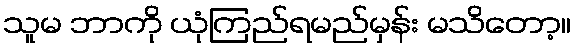
သူမ ဘာကို ယုံကြည်ရမည်မှန်း မသိတော့။